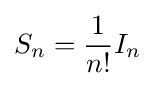
S_{n}={\frac {1}{n!}}I_{n}